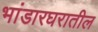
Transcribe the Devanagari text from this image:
भांडारघरातील